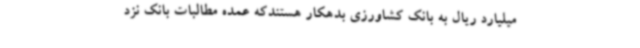
میلیارد ریال به بانک کشاورزی بدهکار هستندکه عمده مطالبات بانک نزد